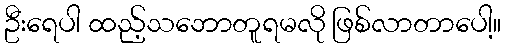
ဦးရေပါ ထည့်သဘောတူရမလို ဖြစ်လာတာပေါ့။